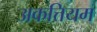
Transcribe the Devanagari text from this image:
अकत्तियम